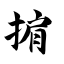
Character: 掮